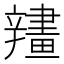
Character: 𨐶